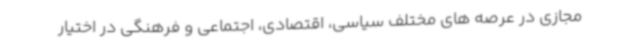
مجازی در عرصه های مختلف سیاسی، اقتصادی، اجتماعی و فرهنگی در اختیار